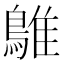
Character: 鵻